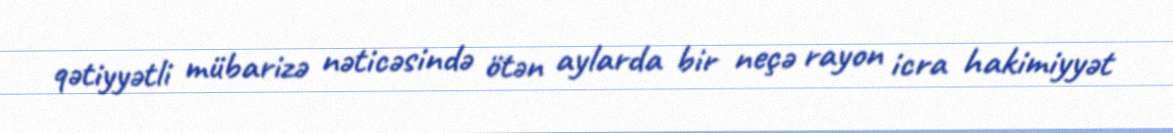
qətiyyətli mübarizə nəticəsində ötən aylarda bir neçə rayon icra hakimiyyət